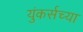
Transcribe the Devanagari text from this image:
युंकर्सच्या